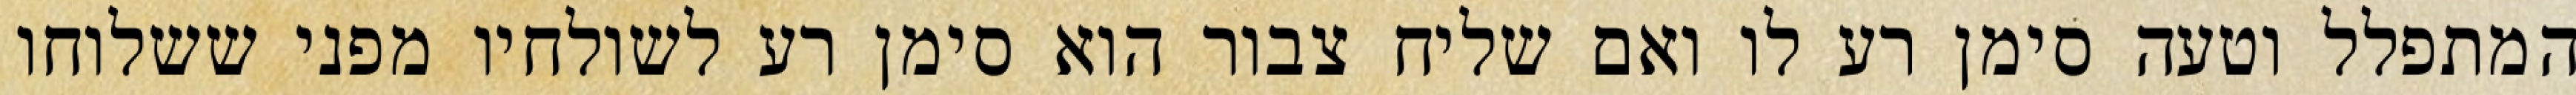
המתפלל וטעה סימן רע לו ואם שליח צבור הוא סימן רע לשולחיו מפני ששלוחו